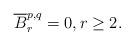
LaTeX: \begin{align*} \overline{B}^{p,q}_r = 0, r \geq 2.\end{align*}